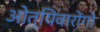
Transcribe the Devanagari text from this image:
ओत्यिवारोंगो